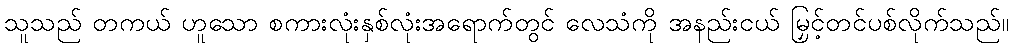
သူသည် တကယ် ဟူသော စကားလုံးနှစ်လုံးအရောက်တွင် လေသံကို အနည်းငယ် မြှင့်တင်ပစ်လိုက်သည်။